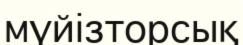
мүйізторсық